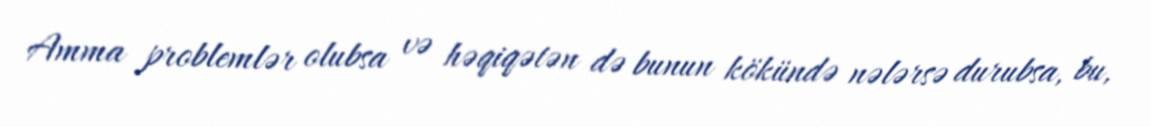
Amma problemlər olubsa və həqiqətən də bunun kökündə nələrsə durubsa, bu,